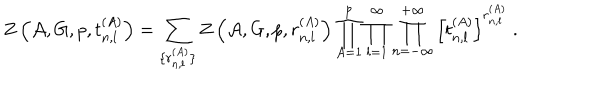
Z \left( { \cal A } , G , p , t _ { n , l } ^ { ( A ) } \right) = \sum _ { \{ r _ { n , l } ^ { ( A ) } \} } Z \left( { \cal A } , G , p , r _ { n , l } ^ { ( A ) } \right) \prod _ { A = 1 } ^ { p } \prod _ { l = 1 } ^ { \infty } \prod _ { n = - \infty } ^ { + \infty } \left[ t _ { n , l } ^ { ( A ) } \right] ^ { r _ { n , l } ^ { ( A ) } } ~ .